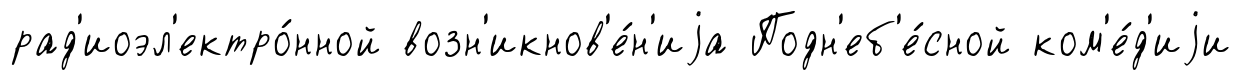
рад'иоэл'ектро́нной возн'икнов'е́н'иjа Подн'еб'е́сной ком'е́д'иjи